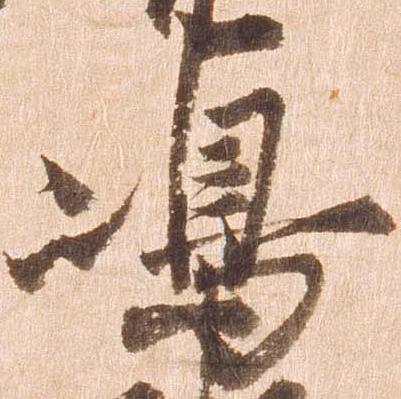
嶋